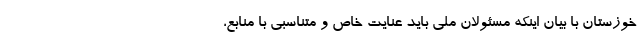
خوزستان با بیان اینکه مسئولان ملی باید عنایت خاص و متناسبی با منابع،